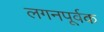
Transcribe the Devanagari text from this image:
लगनपूर्वक